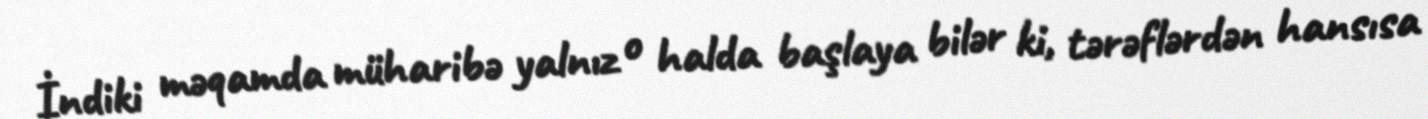
İndiki məqamda müharibə yalnız o halda başlaya bilər ki, tərəflərdən hansısa